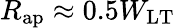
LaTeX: R_{\mathrm{ap}}\approx 0.5W_{\mathrm{LT}}